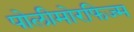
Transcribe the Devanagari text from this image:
पोलीमोरफिज्म